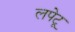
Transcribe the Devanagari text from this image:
लपेटू